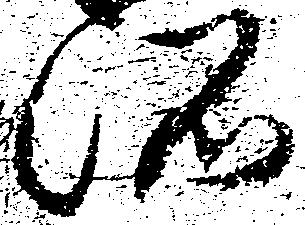
所